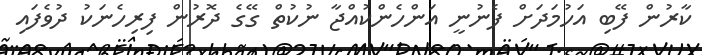
ކާރުން ފޭބި އަހުމަދަށް ފެނުނީ އަންހެންކުއްޖާ ނުކުތް ގޭގެ ދޮރުން ފިރިހެނަކު ދުވެފައި